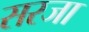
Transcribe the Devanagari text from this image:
सरजा